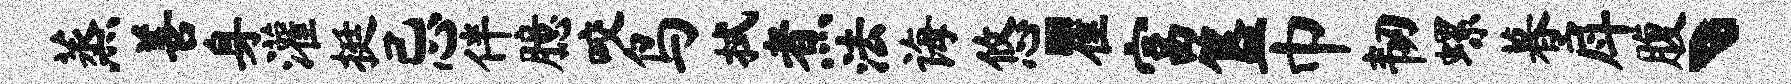
蒸善身灌挺忌伴臆咬鸟拭煮法诲悠瞿富簋巾韧螺暮戽腹丶